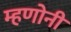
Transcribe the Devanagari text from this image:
म्हणोनी